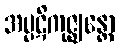
အပ္ပဋိကုဇ္ဈန္တော